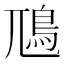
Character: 䲫